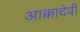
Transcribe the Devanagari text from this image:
आक्कादेवी